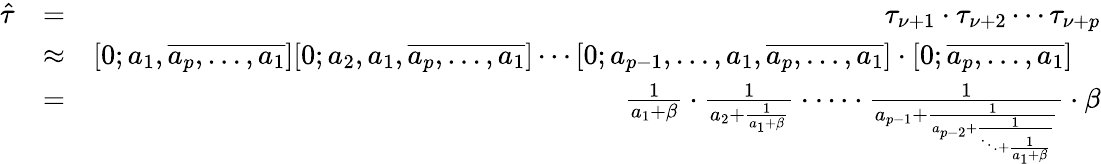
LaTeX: \begin{array}{rlr}{\hat{\tau}}&{=}&{\tau_{\nu+1}\cdot\tau_{\nu+2}\cdots\tau_{\nu+p}}\\ &{\approx}&{[0;a_{1},\overline{{a_{p},\ldots,a_{1}}}][0;a_{2},a_{1},\overline{{a_{p},\ldots,a_{1}}}]\cdots[0;a_{p-1},\ldots,a_{1},\overline{{a_{p},\ldots,a_{1}}}]\cdot[0;\overline{{a_{p},\ldots,a_{1}}}]\quad}\\ &{=}&{\frac{1}{a_{1}+\beta}\cdot\frac{1}{a_{2}+\frac{1}{a_{1}+\beta}}\cdot\cdots\cdot\frac{1}{a_{p-1}+\frac{1}{a_{p-2}+\frac{1}{\ddots+\frac{1}{a_{1}+\beta}}}}\cdot\beta}\end{array}